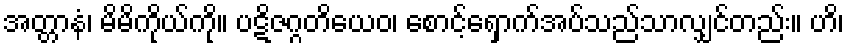
အတ္တာနံ၊ မိမိကိုယ်ကို။ ပဋိဇဂ္ဂတိယေဝ၊ စောင့်ရှောက်အပ်သည်သာလျှင်တည်း။ ဟိ၊